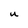
Character: u